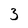
Character: 3